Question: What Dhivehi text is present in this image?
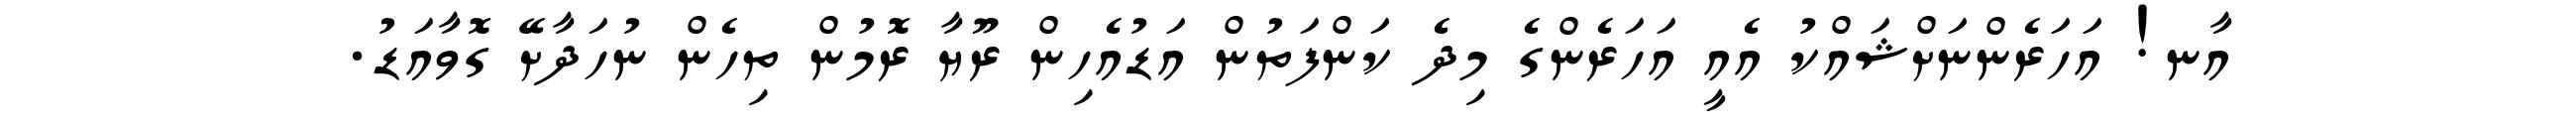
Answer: އާނ! އަހަރެންނަށްޝައްކު އެއީ އަހަރެންގެ މިދެ ކަންފަތުން އަޑުއެހިން ރޫޔާ ރޮމުން ތިހެން ނުހަދާށޭ ގޮވާއަޑު.